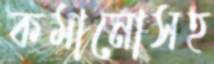
কমানোসহ